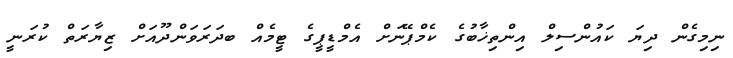
ނިމިގެން ދިޔަ ކައުންސިލް އިންތިޚާބުގެ ކެމްޕޭނަށް އެމްޑީޕީގެ ޓީމެއް ބދަރަވަންދޫއަށް ޒިޔާރަތް ކުރަނީ